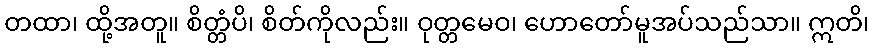
တထာ၊ ထို့အတူ။ စိတ္တံပိ၊ စိတ်ကိုလည်း။ ဝုတ္တမေဝ၊ ဟောတော်မူအပ်သည်သာ။ ဣတိ၊